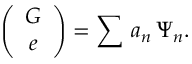
\left( \begin{array} { c } { { G } } \\ { { e } } \end{array} \right) = \sum \, a _ { n } \, \Psi _ { n } . \nonumber